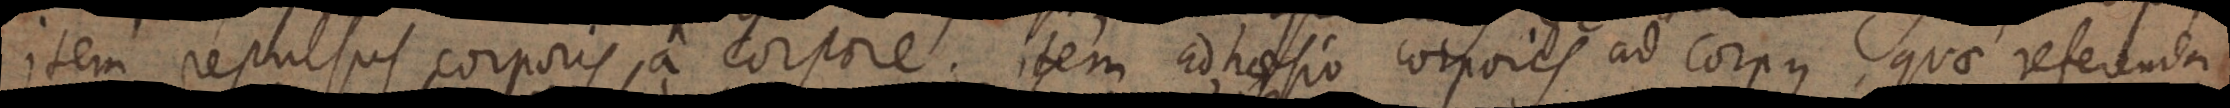
item repulsus corporis a corpore; item adhaesio corporis ad corpus, quae referenda